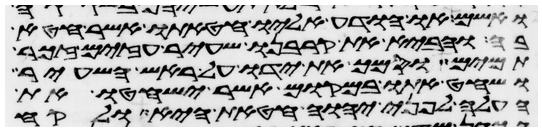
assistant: ואשם או הודע אליו חטאתו אשר חטא
בה והביא את קרבנו שעיר עזים זכר
תמים וסמך את ידו על ראש השעיר
ושחט אתו במקום אשר ישחטו את
העלה לפני יהוה חטאת היא ולקח